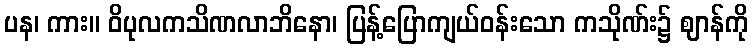
ပန၊ ကား။ ဝိပုလကသိဏလာဘိနော၊ ပြန့်ပြောကျယ်ဝန်းသော ကသိုဏ်း၌ ဈာန်ကို